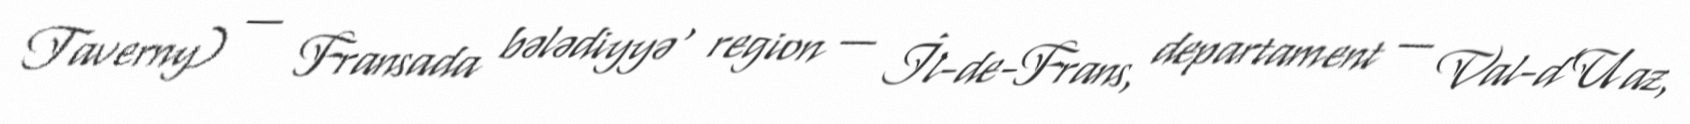
Taverny) — Fransada bələdiyyə , region — İl-de-Frans, departament — Val-d’Uaz,